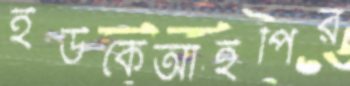
ইউকেআইপির